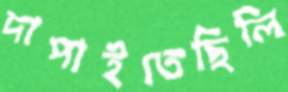
দাপাইতেছিলি